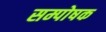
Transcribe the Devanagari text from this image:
सम्पोषक